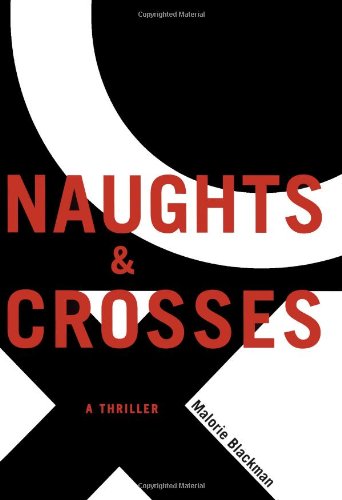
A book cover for Naughts & Crosses; Malorie Blackman; Teen & Young Adult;